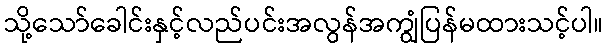
သို့သော်ခေါင်းနှင့်လည်ပင်းအလွန်အကျွံပြန်မထားသင့်ပါ။